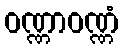
ဝဏ္ဏာဝဏ္ဏံ